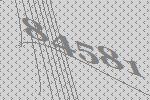
84581